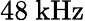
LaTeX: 48~\mathrm{kHz}